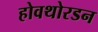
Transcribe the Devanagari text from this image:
होवथोरडन